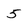
Character: 5